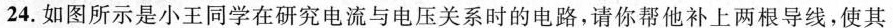
24.如图所示是小王同学在研究电流与电压关系时的电路，请你帮他补上两根导线，使其